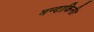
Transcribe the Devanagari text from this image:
मन्दाकिनी।